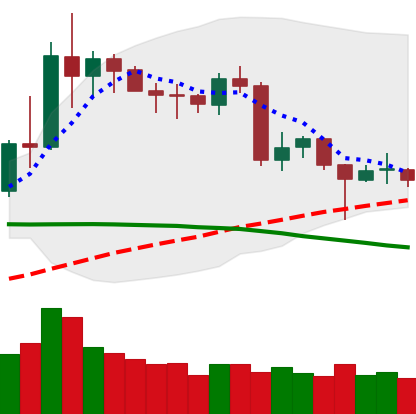
Ticker: NEO-USD
Chart end date: 2020-06-18
Forward return: 4.818%
Label: up_3_5